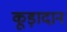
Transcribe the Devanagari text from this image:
कूड़ादान